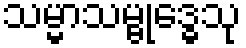
သမ္မာသမ္ဗုဒ္ဓေသု